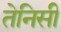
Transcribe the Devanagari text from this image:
तेनिसी